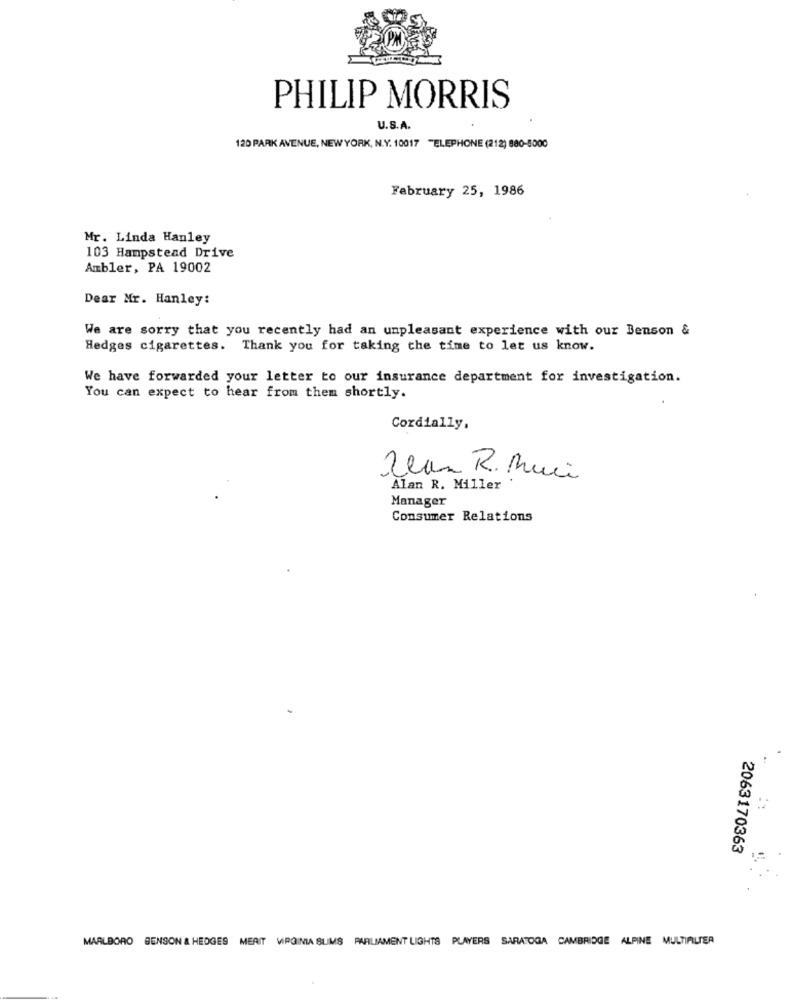
PHILIP MORRIS
U.S.A.
120 PARK AVENUE, NEW YORK, N.Y. 10017 "ELEPHONE (212) 880-8000
February 25, 1986
Mr. Linda Hanley
103 Hampstead Drive
Ambler, PA 19002
Dear Mr. Hanley:
We are sorry that you recently had an unpleasant experience with our Benson &
Hedges cigarettes. Thank you for taking the time to let us know.
We have forwarded your letter to our insurance department for investigation.
You can expect to hear from them shortly.
Cordially,
Jean R. Muci
Alan R. Miller
Manager
Consumer Relations
2063170363
MARLBORO BENSON & HEDGES MEAIT VIRGINIA SUMS PARLIAMENT LIGHTS PLAYERS SARATOGA CAMBRIDGE ALPINE MULTIFILTER